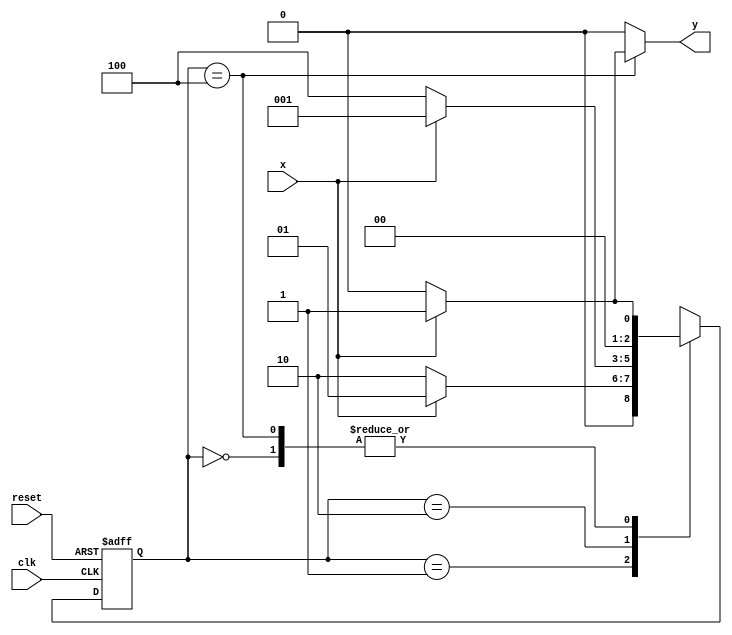
//-- ---------------------
//--	Mealy - FSM capaz de reconhecer uma sequncia (1010).
//-----------------------------
//  Nome: Alvaro Henrique
//  Matrcula: 395487
//-----------------------------

//----------------------------
//-- -- Guia10 Exercicio 03 --
//----------------------------


//--Implementar uma mquina de estados finitos (Mealy - FSM)capaz de reconhecer uma sequncia (1010)com interseo (101010 ser considerada).
 


//-- ---------------
//-- --- Mealy FSM
//-- --- seq: 1010
//-- ---------------


//-- constant definitions
`define found    1
`define notfound 0


module exe_03 ( y, x, clk, reset );

	output y;
	input  x;
	input  clk;
	input  reset;

	reg    y;

	parameter         //-- state identifiers 
		start  = 3'b000,
		id1    = 3'b001,
		id10   = 3'b010,
		id101  = 3'b100;

	reg [2:0] E1;	//-- current state variables
	reg [2:0] E2;	//-- next state logic output

	//-- next state logic
   always @( x or E1 )
		begin
		y = `notfound;

		case ( E1 )
			start:
				if ( x )
					E2 = id1;
				else
					E2 = start;
				
			id1:
				if ( x )
					E2 = id1;
				else
					E2 = id10;
			
			id10:
				if ( x )
					E2 = id1;
				else
					E2 = id101;

			id101:
				if ( x )
				begin
					E2 =  id1;
					y  = `found;
				end
				else
				begin
					E2 =  start;
					y  = `notfound;
				end
	 
			default:   //-- undefined state
				E2 =  3'bxxx;
		endcase
	  
		end //-- always at signal or state changing
		

	//-- state variables
		always @( negedge clk or negedge reset )
		begin
			if ( reset )
				E1 = E2;    //-- updates current state
			else
				E1 = 0;     //-- reset
		end //-- always at signal changing

endmodule //-- exe_03

module exe03;
	
	reg   clk, reset, x;
	wire  m1;

	exe_03 M3 ( m1, x, clk, reset );

	initial
	begin
	
		$display("Guia 10 EX_03 - Alvaro Rungue");
		$display("\nTime\tX   Seq 1010" );

		//-- initial values
       clk   = 1;
       reset = 0;
       x     = 0;

	//-- input signal changing
		#10   reset = 1;
		#10  x = 1;
		#10  x = 0;
		#10  x = 0;
		#10  x = 1;
		#10  x = 0;
		#10  x = 1;
		#10  x = 1;
		#10  x = 1;
		#10  x = 1;
		#10  x = 0;
		#10  x = 1;
		#10  x = 1;
		#10  x = 1;
		#10  x = 0;
		#10  x = 1;
		#10  x = 0;
		#10  x = 0;
		#10  x = 0;
		
		#5 $finish;
	
	end //-- initial

	always
		#5 clk = ~clk;

	always @( posedge clk )
	begin
		$display ( "%4d \t%b\t%b", $time, x, m1);
	end //-- always at positive edge clocking changing

endmodule